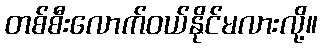
တစ်စီးလောက်ဝယ်နိုင်မလားလို့။